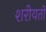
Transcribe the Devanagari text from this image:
शरीयतों